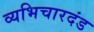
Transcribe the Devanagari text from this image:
व्यभिचारदंड